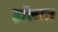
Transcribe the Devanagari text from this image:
हॉलात